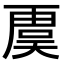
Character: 𮓥